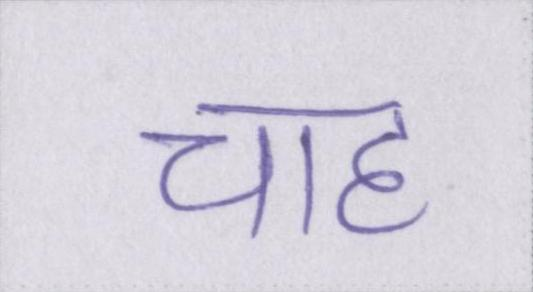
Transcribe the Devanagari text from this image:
चाह